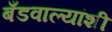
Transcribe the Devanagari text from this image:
बँडवाल्यांशी